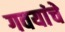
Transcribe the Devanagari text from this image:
गवयांचे